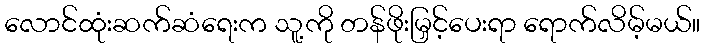
လောင်ထုံးဆက်ဆံရေးက သူ့ကို တန်ဖိုးမြှင့်ပေးရာ ရောက်လိမ့်မယ်။